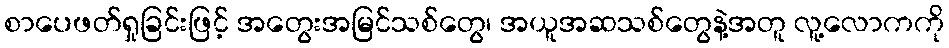
စာပေဖတ်ရှုခြင်းဖြင့် အတွေးအမြင်သစ်တွေ၊ အယူအဆသစ်တွေနဲ့အတူ လူ့လောကကို